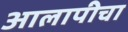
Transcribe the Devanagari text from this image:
आलापीचा